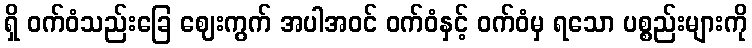
ရှိ ဝက်ဝံသည်းခြေ ဈေးကွက် အပါအဝင် ဝက်ဝံနှင့် ဝက်ဝံမှ ရသော ပစ္စည်းများကို